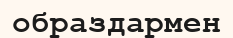
образдармен